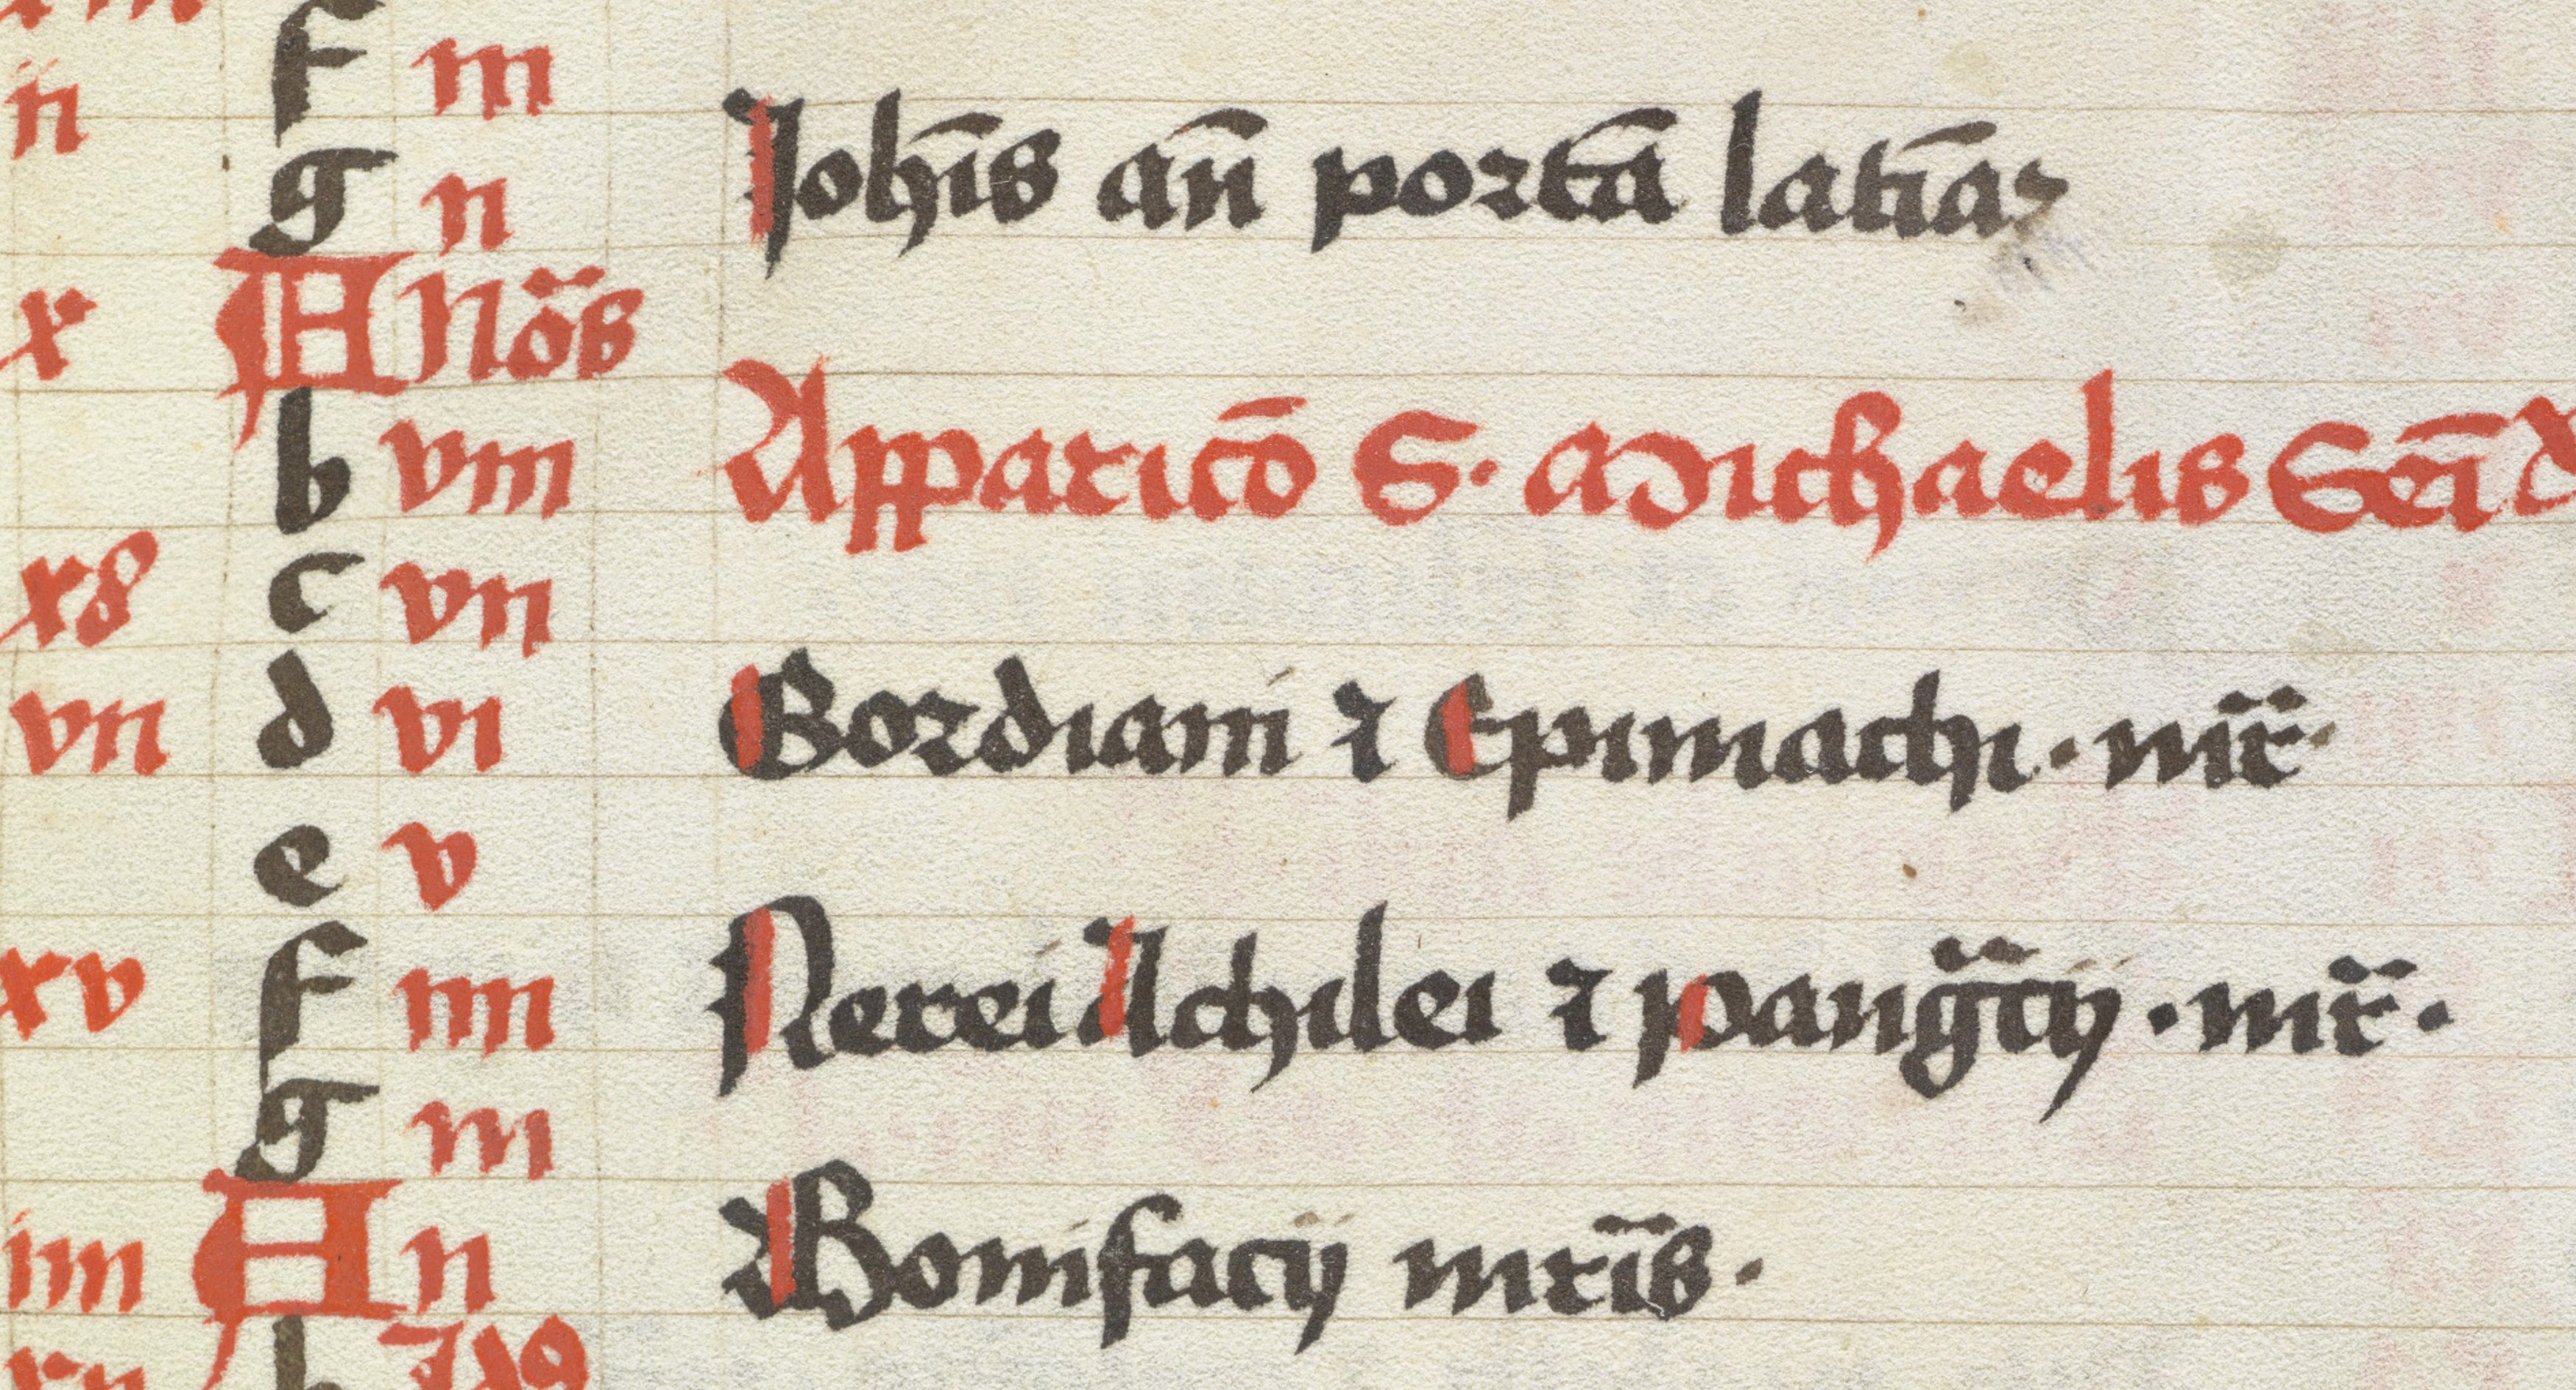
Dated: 1483–1483